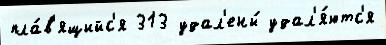
пла́в'ящийс'я 313 удал'ены́ удал'я́ютс'я